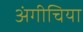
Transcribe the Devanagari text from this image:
अंगीचिया